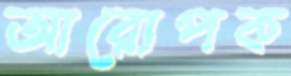
আরোপক